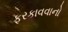
ફરકાવવાનો